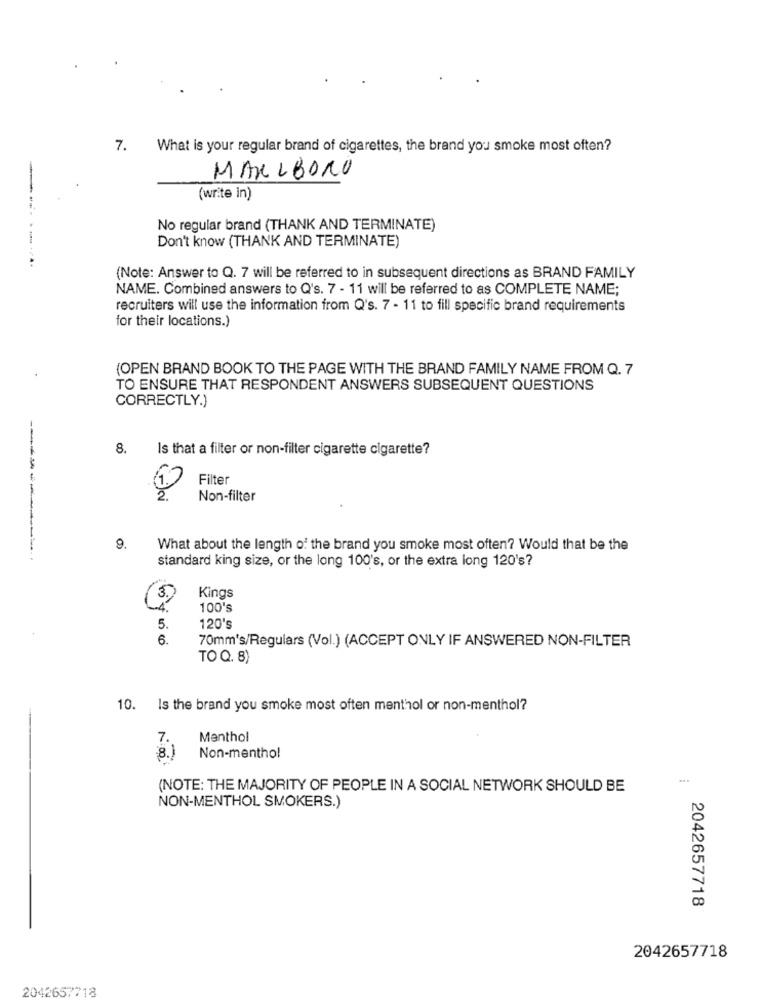
7.
What is your regular brand of cigarettes, the brand you smoke most often?
MARLBORO
(write in)
No regular brand (THANK AND TERMINATE)
Don't know (THANK AND TERMINATE)
--------
(Note: Answer to Q. 7 will be referred to in subsequent directions as BRAND FAMILY
NAME. Combined answers to Q's. 7 - 11 will be referred to as COMPLETE NAME;
recruiters will use the information from Q's. 7 - 11 to fill specific brand requirements
for their locations.)
(OPEN BRAND BOOK TO THE PAGE WITH THE BRAND FAMILY NAME FROM Q. 7
TO ENSURE THAT RESPONDENT ANSWERS SUBSEQUENT QUESTIONS
CORRECTLY.)
8. Is that a filter or non-filter cigarette cigarette?
Filter
Non-filter
9.
What about the length of the brand you smoke most often? Would that be the
standard king size, or the long 100's, or the extra long 120's?
3.
Kings
-4.
100's
5.
120's
6.
70mm's/Regulars (Vol.) (ACCEPT ONLY IF ANSWERED NON-FILTER
TO Q. 8)
10. Is the brand you smoke most often menthol or non-menthol?
7.
Menthol
8.)
Non-mentho!
(NOTE: THE MAJORITY OF PEOPLE IN A SOCIAL NETWORK SHOULD BE
NON-MENTHOL SMOKERS.)
2042657718
2042657718
2042657718